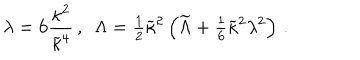
\lambda = 6 { \frac { \kappa ^ { 2 } } { \widetilde \kappa ^ { 4 } } } \, , ~ ~ \Lambda = { \textstyle { \frac { 1 } { 2 } } } \widetilde \kappa ^ { 2 } \left( \widetilde { \Lambda } + { \textstyle { \frac { 1 } { 6 } } } \widetilde \kappa ^ { 2 } \lambda ^ { 2 } \right) \, .